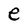
Character: e